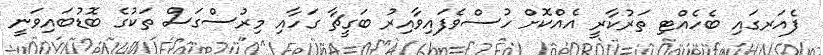
ފެއަރގައި ބެހެއްޓި ތަރުކާރީ އެއްކޮށް ހުސްވެފައިވާއިރު ބަގީޗާ ގަހާއި މިރުސްގަސް ތަކުގެ ބޮޑުބައިވަނީ